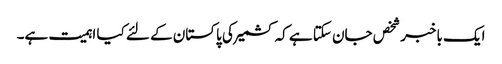
ایک باخبر شخص جان سکتا ہے کہ کشمیر کی پاکستان کے لئے کیا اہمیت ہے۔